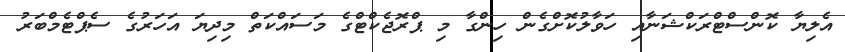
އެލިޔާ ކޮންސްޓްރަކްޝަނާއި ހަވާލުކޮށްގެން ހިންގާ މި ޕްރޮޖެކްޓްގެ މަސައްކަތް މިދިޔަ އަހަރުގެ ސެޕްޓެމްބަރު